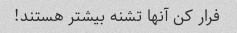
فرار کن آنها تشنه بیشتر هستند!